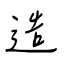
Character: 造